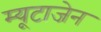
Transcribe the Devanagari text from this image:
म्यूटाजेन